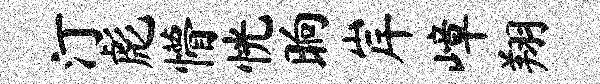
汀彪懵恍晌岸嶂翔